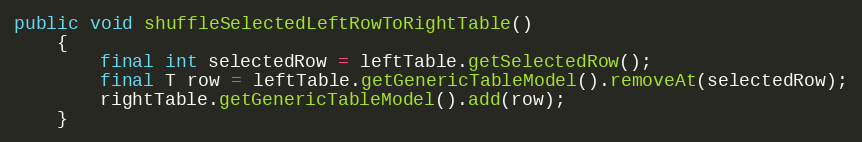
Language: Java
public void shuffleSelectedLeftRowToRightTable()
	{
		final int selectedRow = leftTable.getSelectedRow();
		final T row = leftTable.getGenericTableModel().removeAt(selectedRow);
		rightTable.getGenericTableModel().add(row);
	}